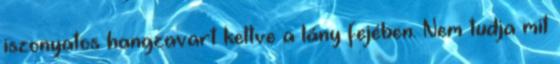
iszonyatos hangzavart keltve a lány fejében. Nem tudja mit